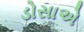
ડોસાએ